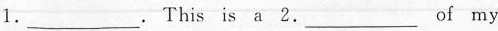
1.___. This is a 2.___ of my